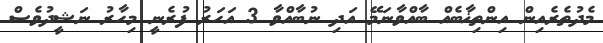
މެދުތެރެއިން އިންތިޚާބެއް ބާއްވާނަމޭ އަދި ނުބާއްވާ 3 އަހަރު ފުރެނީ މިހާރު ނަޝީދުވެސް